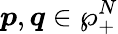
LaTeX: \boldsymbol{p},\boldsymbol{q}\in\wp_{+}^{N}